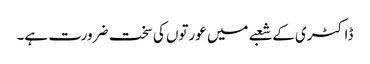
ڈاکٹری کے شعبے میں عورتوں کی سخت ضرورت ہے۔